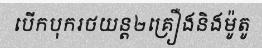
បើកបុករថយន្ត២គ្រឿងនិងម៉ូតូ